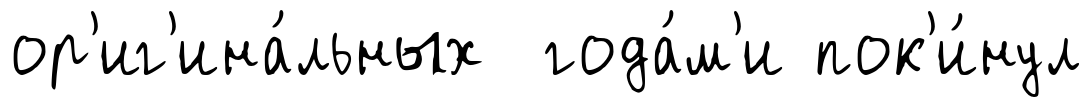
ор'иг'ина́льных года́м'и пок'и́нул